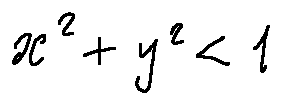
x ^ { 2 } + y ^ { 2 } < 1